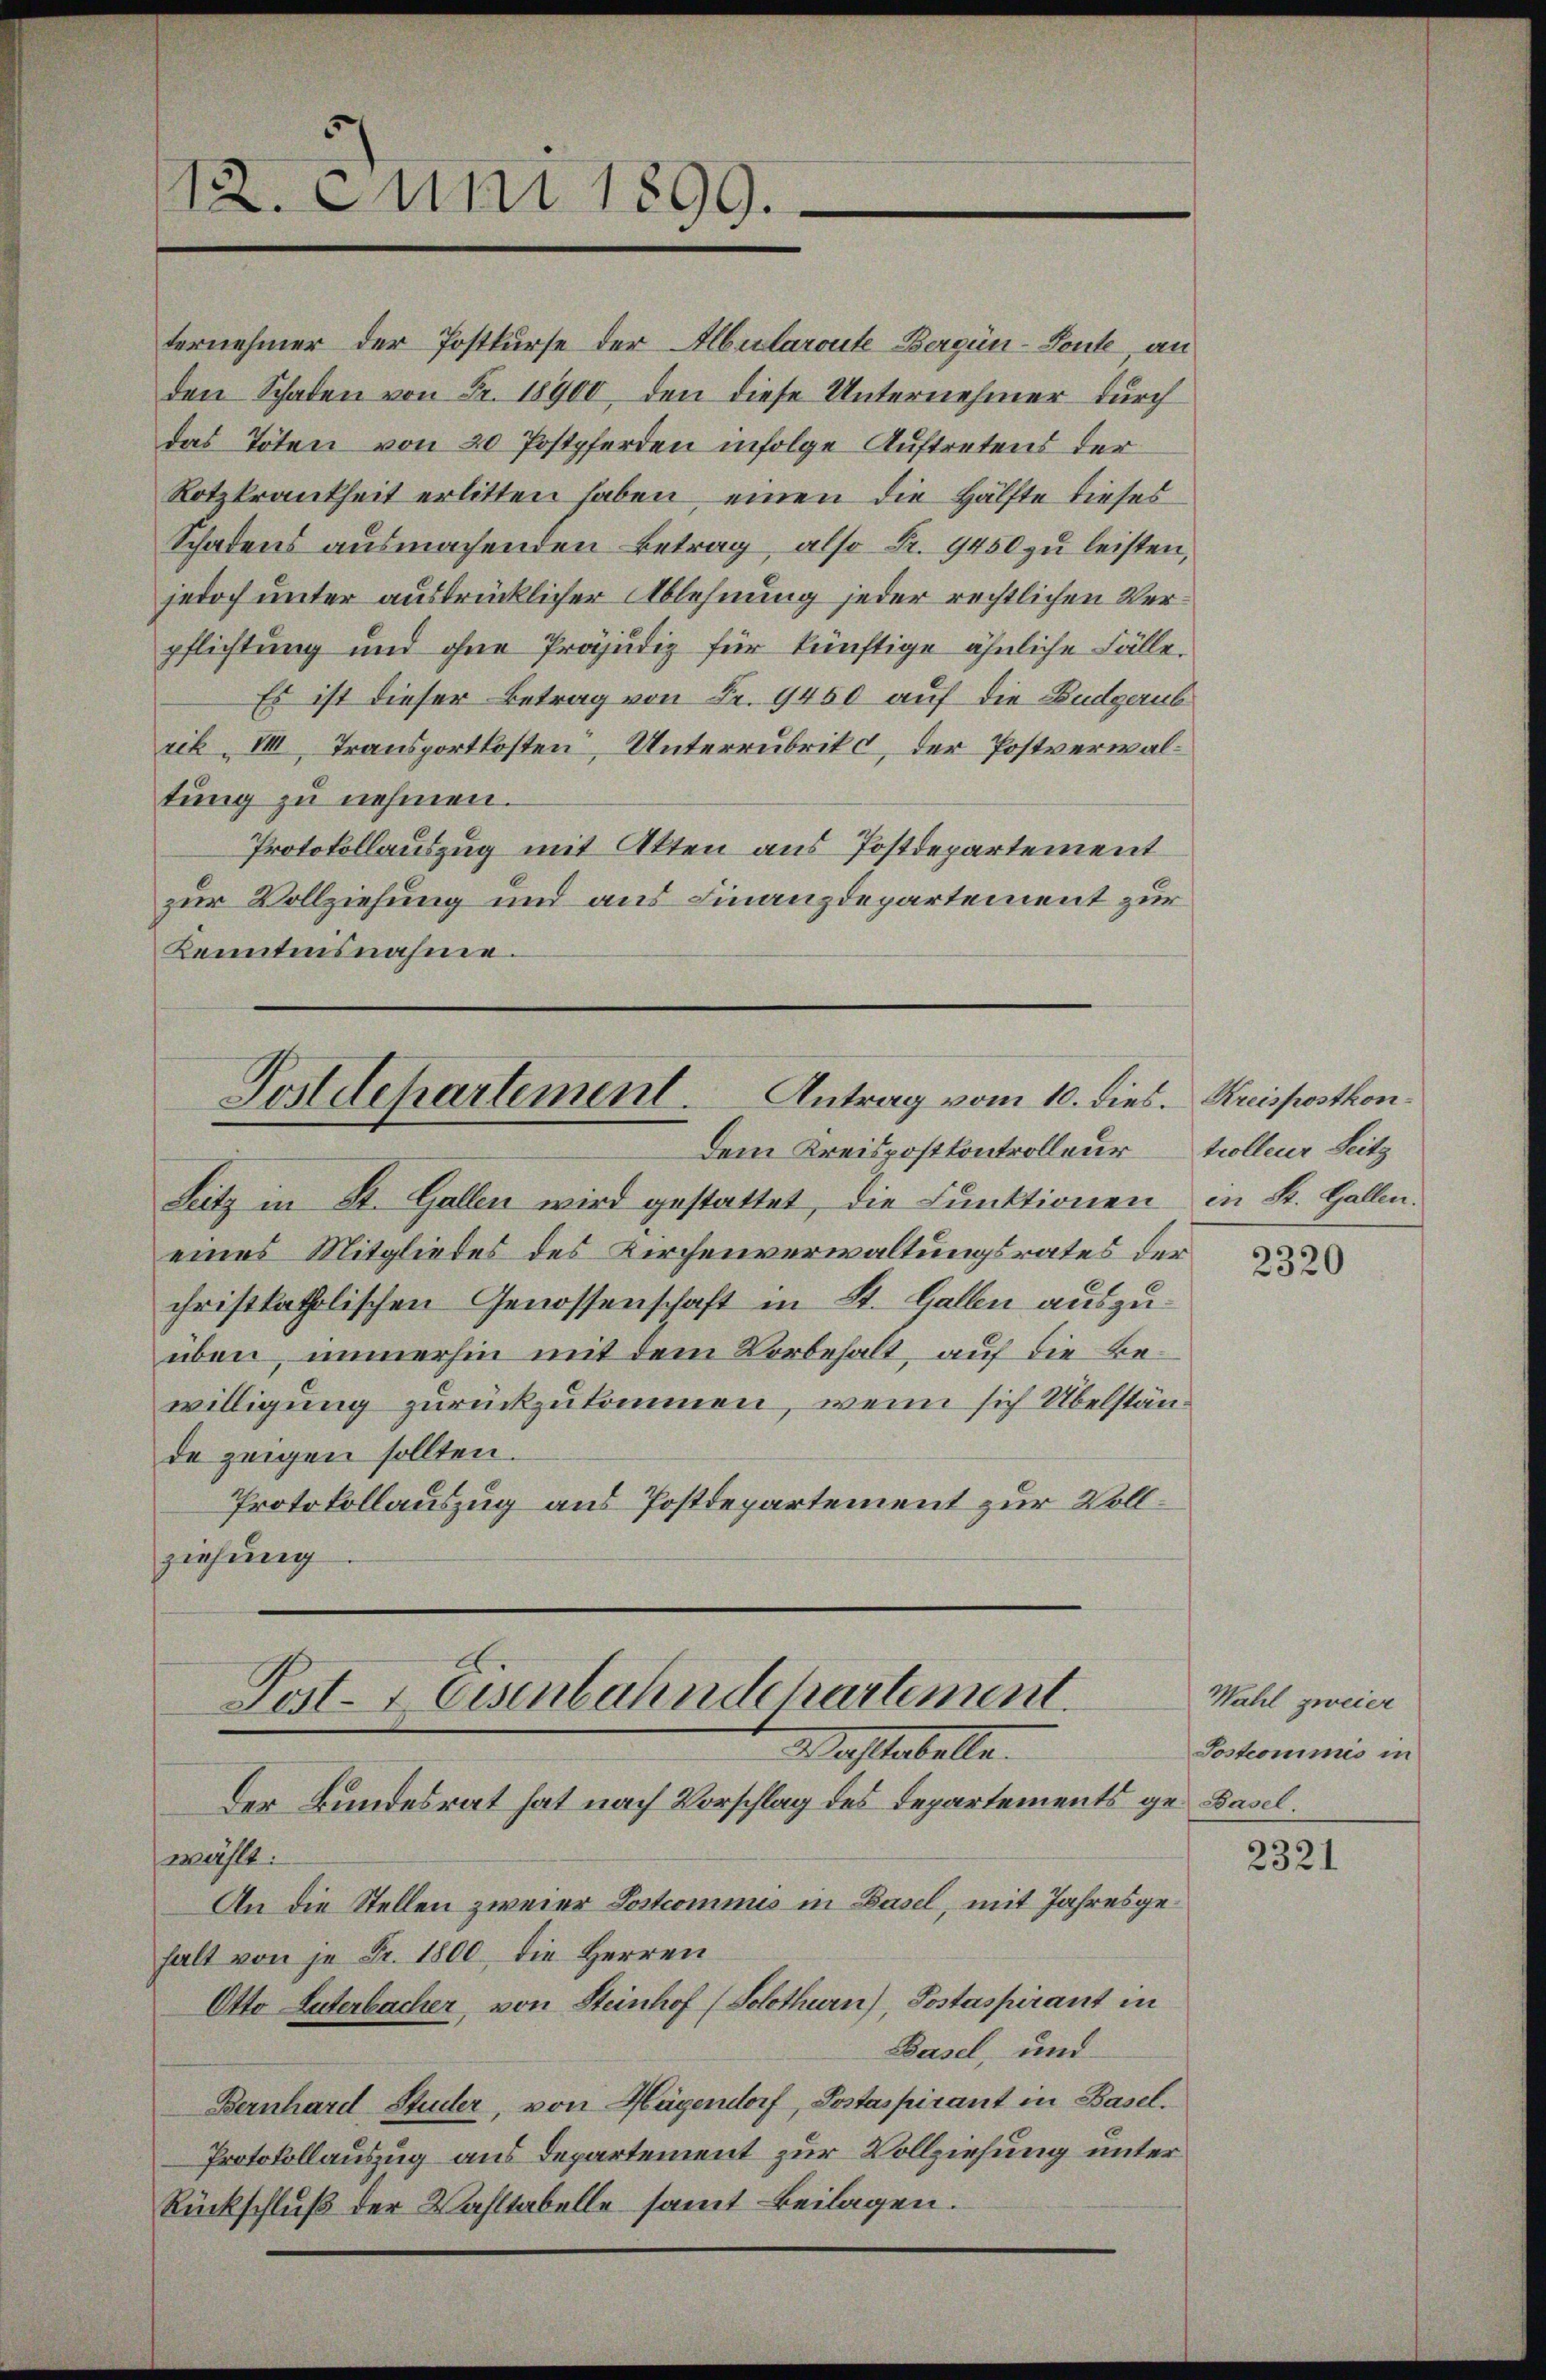
ternehmer der Postkurse der Albularoute Bergün-Fonte, an
den Schaden von Fr. 18900, den diese Unternehmer durch
das Toten von 20 Postpferden infolge Auftretens der
Rotzkrankheit erlitten haben, einen die Hälfte dieses
Schadens ausmachenden Betrag, also Fr. 9450 zu leisten,
jedoch unter ausdrücklicher Ablehnung jeder rechtlichen Verpflichtung und ohne Präjudiz für künftige ähnliche Fälle.
Es ist dieser Betrag von Fr. 9450 auf die Budgerub
rik „VIII. Transportkosten, Unterrubrik c, der Postverwaltung zu nehmen.
Protokollauszug mit Akten aus Postdepartement
zur Vollziehung und aus Finanzdepartement zur
Kenntnisnahme.

12. Juni 1899.

Antrag vom 10. dies. Kreisposthon¬
Postdepartement.
Dem Kreispostkontrolleur

Leitz in St. Gallen wird gestattet, die Funktionen
eines Mitgliedes des Kirchenverwaltungsrates der
christkatholischen Genossenschaft in St. Gallen auszuüben, immerhin mit dem Vorbehalt, auf die Bewilligung zurückzukommen, wenn sich Übelstände zeigen sollten.
Protokollauszug aus Postdepartement zur Vollziehung
Post- & Eisenbahndchartement.

Mastabelle.

Der Bundesrat hat nach Vorschlag des Departements ge Basel.
wählt:
An die Stellen zweier Lostcommis in Basel, mit Jahresgehalt von je Fr. 1800, die Herren
Otto Luterbacher, von Steinhof (Solothurn), Postaspirant in
Basel, und
Bernhard Studer, von Hügendorf, Postaspirant in Basel.
Protokollauszug aus Departement zur Vollziehung unter
Rückschluß der Wahltabelle samt Beilagen.

trolleur Seitz
en St. Gallen:

2320

Wahl zweier
Sostronimis in

2321